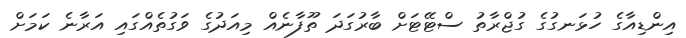
އިންޑިއާގެ ހުޅަނގުގެ ގުޖްރާތު ސްޓޭޓަށް ބާރުގަދަ ތޫފާނެއް މިއަދުގެ ވަގުތެއްގައި އަރާނެ ކަމަށް